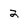
Character: 2